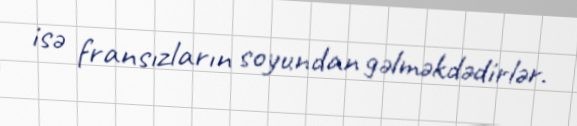
isə fransızların soyundan gəlməkdədirlər.